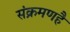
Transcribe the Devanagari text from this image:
संक्रमणहै